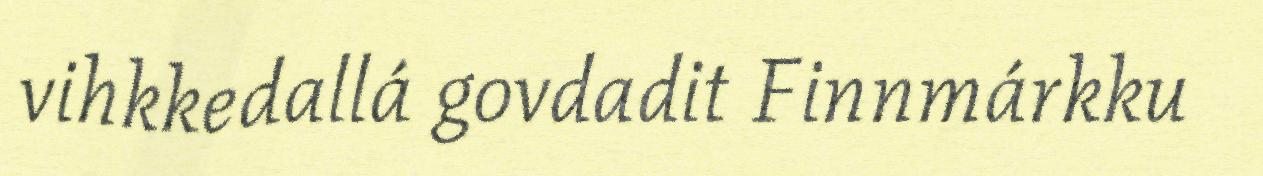
vihkkedallá govdadit Finnmárkku